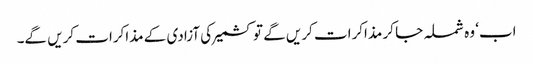
اب‘ وہ شملہ جا کر مذاکرات کریں گے تو کشمیر کی آزادی کے مذاکرات کریں گے۔